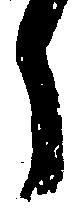
ら